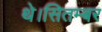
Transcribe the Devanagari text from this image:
थे।सितम्बर